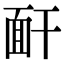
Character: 𩈅